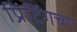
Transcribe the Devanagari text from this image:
प्रिंटिंगच्या